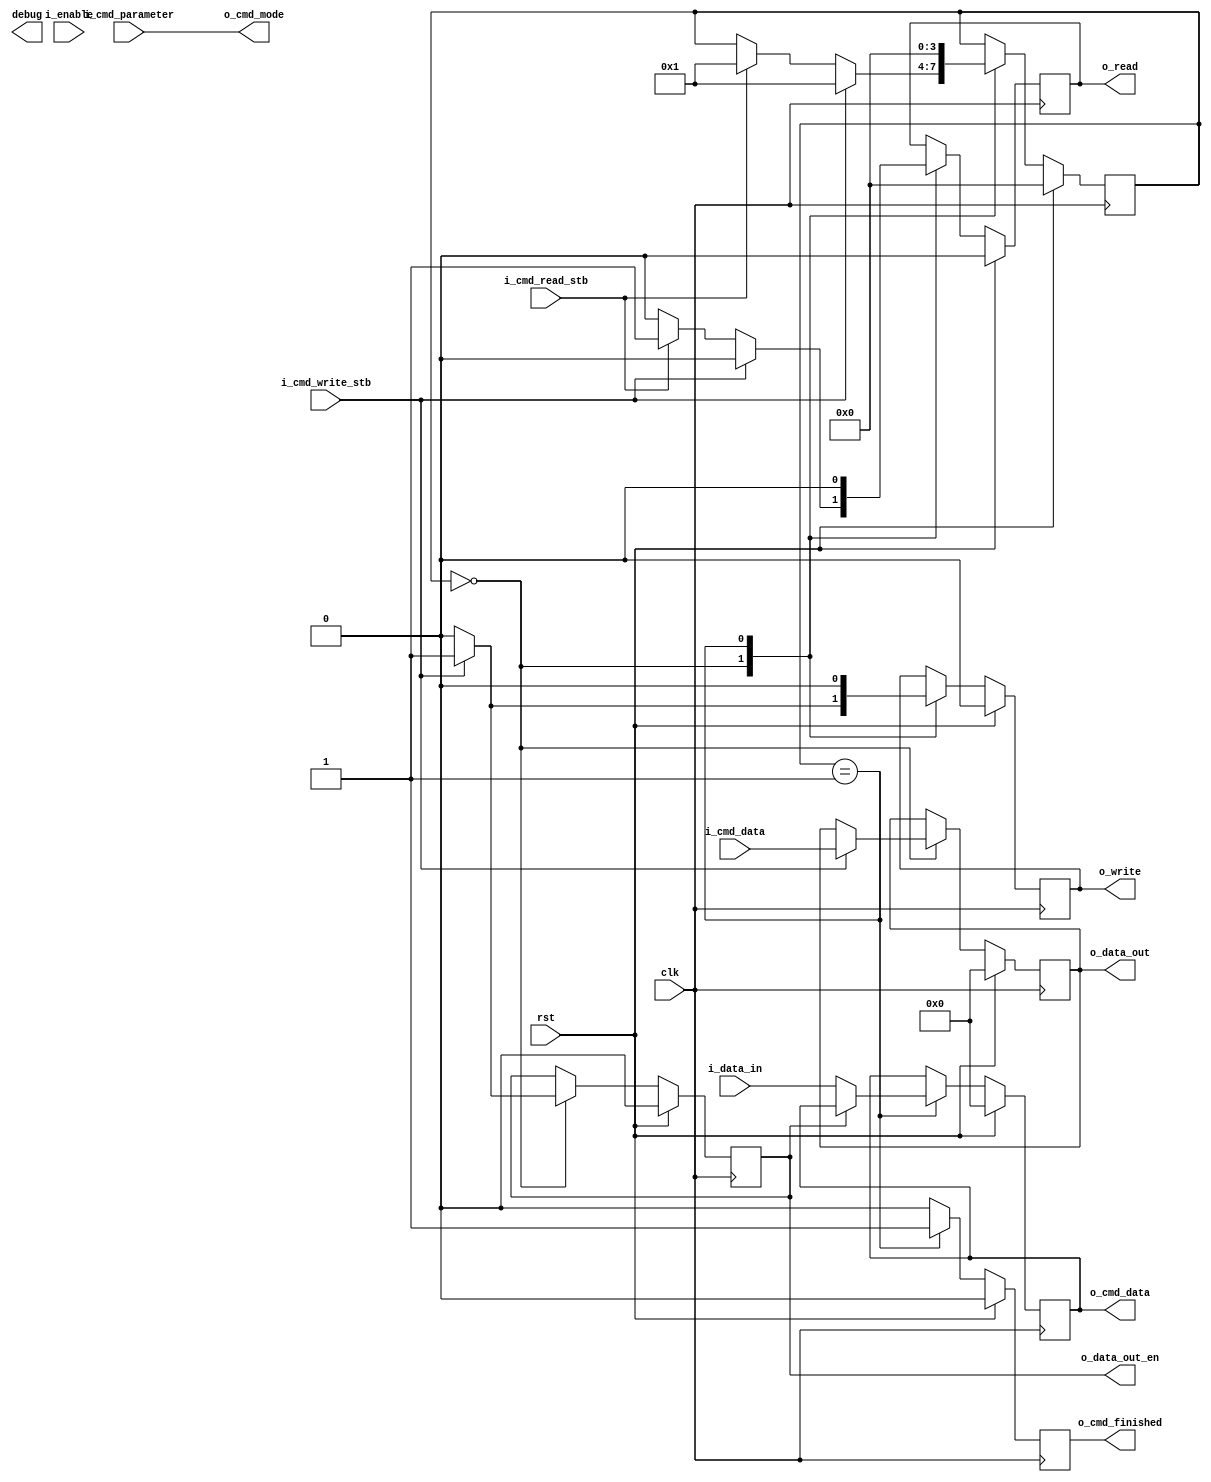
module nh_lcd_command (
  input               rst,
  input               clk,

  output      [31:0]  debug,

  //Control Signals
  input               i_cmd_write_stb,
  input               i_cmd_read_stb,
  input       [7:0]   i_cmd_data,
  output  reg [7:0]   o_cmd_data,
  input               i_enable,
  input               i_cmd_parameter,
  output  reg         o_cmd_finished,

  //Physical Signals
  output              o_cmd_mode,
  output  reg         o_write,
  output  reg         o_read,
  output  reg [7:0]   o_data_out,
  input       [7:0]   i_data_in,
  output  reg         o_data_out_en
);

//Local Parameters
localparam  IDLE      = 4'h0;
localparam  FINISHED  = 4'h1;

//Registers/Wires
reg           [3:0]   state;
//Submodules
//Asynchronous Logic
assign  o_cmd_mode    = i_cmd_parameter;

//Synchronous Logic
always @ (posedge clk) begin
  if (rst) begin
    state                   <=  IDLE;
    o_data_out_en           <=  0;
    o_data_out              <=  0;
    o_cmd_finished          <=  0;
    o_cmd_data              <=  0;

    o_write                 <=  0;
    o_read                  <=  0;
  end
  else begin
    //Strobes
    o_cmd_finished          <=  0;

    //State Machine
    case (state)
      IDLE: begin
        o_write             <=  0;
        o_read              <=  0;

        o_data_out_en      <=  0;
        if (i_cmd_write_stb) begin
          //Change the bus to an output
          o_data_out_en    <=  1;
          //Put the data on the bus
          o_data_out        <=  i_cmd_data;
          o_write           <=  1;
          state             <=  FINISHED;
        end
        else if (i_cmd_read_stb) begin
          //Change the bus to an input
          o_data_out_en    <=  0;
          o_read            <=  1;
          state             <=  FINISHED;
        end
      end
      FINISHED: begin
        o_write             <=  0;
        o_read              <=  0;
        if (!o_data_out_en) begin
          //XXX: The appliction note doesn't describe how to explicitly read
          //and the protocol is different from the 8080 MCU interface
          o_cmd_data        <=  i_data_in;
        end
        o_cmd_finished      <=  1;
        state               <=  IDLE;
      end
    endcase
  end
end

endmodule